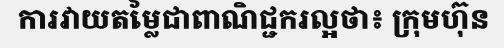
ការវាយតម្លៃជាពាណិជ្ជករល្អថា៖ ក្រុមហ៊ុន